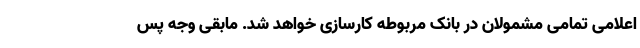
اعلامی تمامی مشمولان در بانک مربوطه کارسازی خواهد شد. مابقی وجه پس